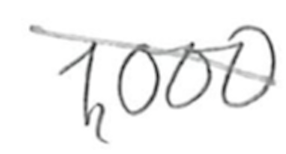
Text: 1,000
Cross-out: diagonal
Writing tool: pencil